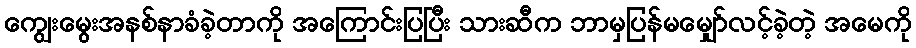
ကျွေးမွေးအနစ်နာခံခဲ့တာကို အကြောင်းပြပြီး သားဆီက ဘာမှပြန်မမျှော်လင့်ခဲ့တဲ့ အမေကို